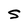
Character: S